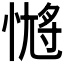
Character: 𭝹